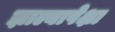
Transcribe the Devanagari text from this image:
झाल्यापेक्षा